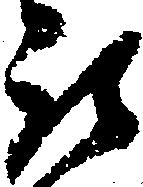
取